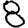
Digit: 8